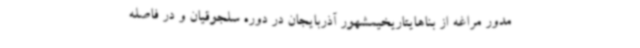
مدور مراغه از بناهایتاریخیمشهور آذربایجان در دوره سلجوقیان و در فاصله